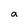
Character: a